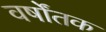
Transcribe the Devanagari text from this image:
वर्षोंतक